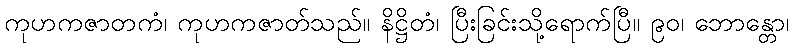
ကုဟကဇာတကံ၊ ကုဟကဇာတ်သည်။ နိဋ္ဌိတံ၊ ပြီးခြင်းသို့ရောက်ပြီ။ ၉၀၊ ဘောန္တော၊